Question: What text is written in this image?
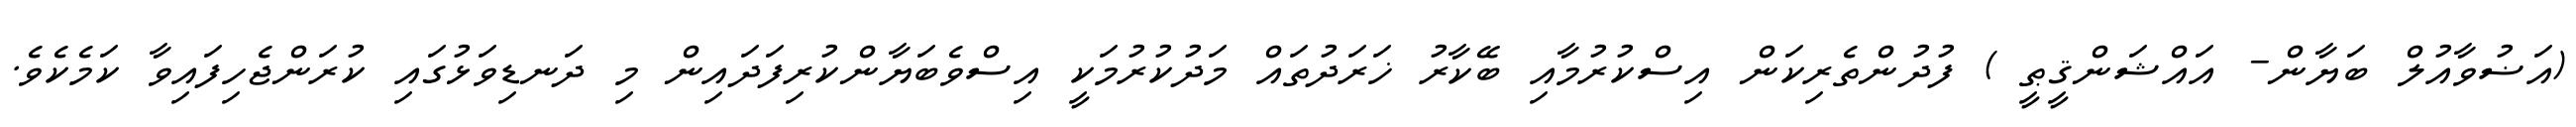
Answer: (އަޟުވާއުލް ބަޔާން- އައްޝަންޤީޠީ ) ފުދުންތެރިކަން އިސްކުރުމާއި ބޭކާރު ޚަރަދުތައް މަދުކުރުމަކީ އިސްވެބަޔާންކުރިފަދައިން މި ދަނޑިވަޅުގައި ކުރަންޖެހިފައިވާ ކަމެކެވެ.